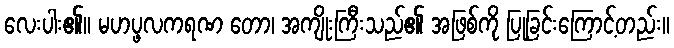
လေးပါး၏။ မဟပ္ဖလကရဏ တော၊ အကျိုးကြီးသည်၏ အဖြစ်ကို ပြုခြင်းကြောင့်တည်း။